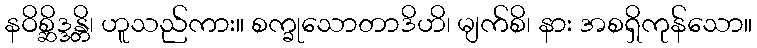
နဝိစ္ဆိဒ္ဒန္တိ၊ ဟူသည်ကား။ စက္ခုသောတာဒိဟိ၊ မျက်စိ၊ နား အစရှိကုန်သော။